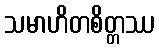
သမာဟိတစိတ္တဿ